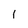
Character: 1